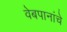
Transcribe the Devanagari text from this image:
वेबपानांचे